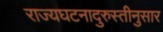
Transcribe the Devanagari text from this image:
राज्यघटनादुरुस्तीनुसार